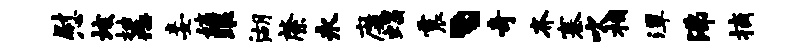
慰垓抽恶妾姨眼湖綮永靡蝎震丶奇齐寨吹相潭沸摘